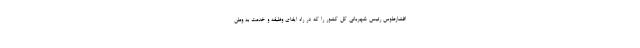
افشارطوس رئیس شهربانی کل کشور را که در راه ایفای وظیفه و خدمت به وطن